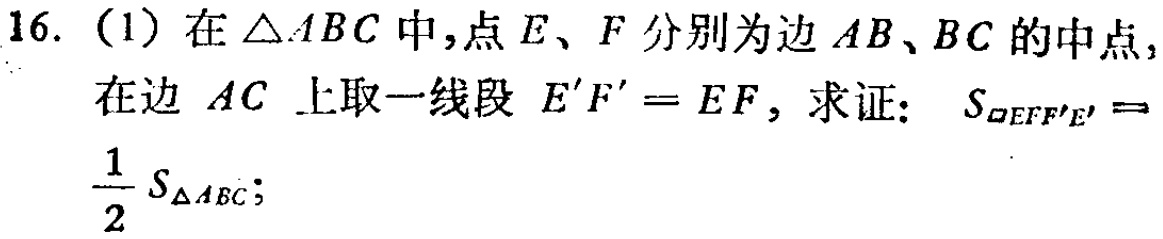
16. (1) 在\(\triangle ABC\)中，点\(E\)、\(F\)分别为边\(AB\)、\(BC\)的中点，在边 \(AC\) 上取一线段 \(E'F' = EF\)，求证：\(S_{\square EFF'E'}=\frac{1}{2}S_{\triangle ABC}\)；